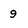
Character: g